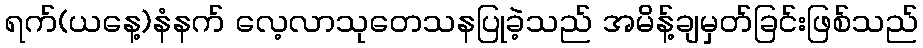
ရက်(ယနေ့)နံနက် လေ့လာသုတေသနပြုခဲ့သည် အမိန့်ချမှတ်ခြင်းဖြစ်သည်